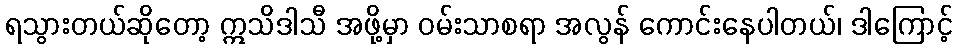
ရသွားတယ်ဆိုတော့ ဣသိဒါသီ အဖို့မှာ ဝမ်းသာစရာ အလွန် ကောင်းနေပါတယ်၊ ဒါကြောင့်